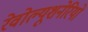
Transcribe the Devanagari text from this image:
रेवोल्यूशनेरियो